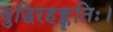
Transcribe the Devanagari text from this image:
बुद्धिरहङ्कृतिः।